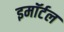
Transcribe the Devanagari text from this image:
इमॉर्टल